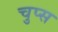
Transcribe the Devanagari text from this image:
चुप्स